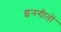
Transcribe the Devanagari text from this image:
इनगीतों